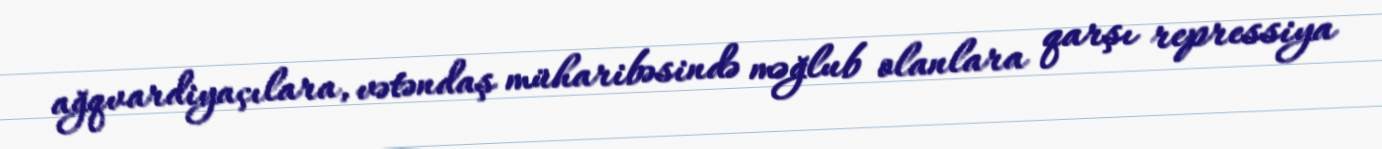
ağqvardiyaçılara, vətəndaş müharibəsində məğlub olanlara qarşı repressiya